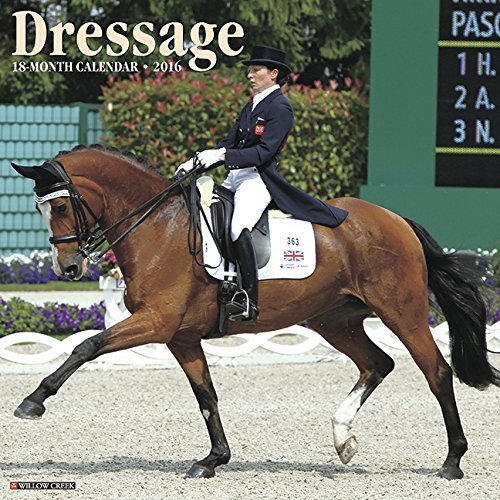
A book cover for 2016 Dressage Wall Calendar; Willow Creek Press; Calendars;